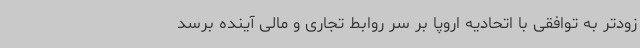
زودتر به توافقی با اتحادیه اروپا بر سر روابط تجاری و مالی آینده برسد